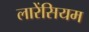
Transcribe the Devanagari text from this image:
लारेंसियम